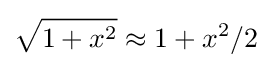
{\sqrt {1+x^{2}}}\approx 1+x^{2}/2